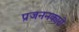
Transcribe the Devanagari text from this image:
प्रजननकारी